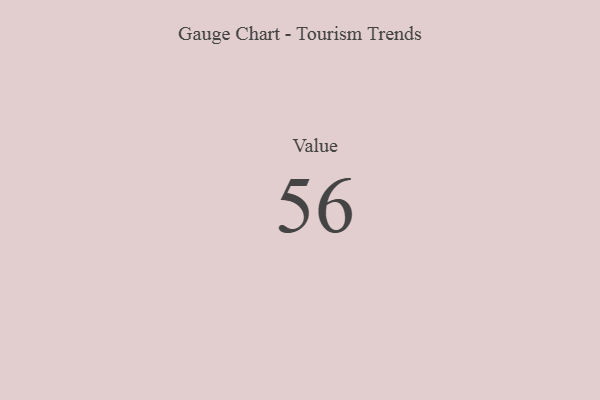
{"axis": {"x": "Metric", "y": "Value"}, "legend": [""], "data": [{"x": "Value", "y": 56, "type": ""}]}